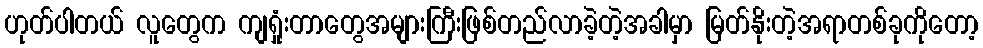
ဟုတ်ပါတယ် လူတွေက ကျရှုံးတာတွေအများကြီးဖြစ်တည်လာခဲ့တဲ့အခါမှာ မြတ်နိုးတဲ့အရာတစ်ခုကိုတော့